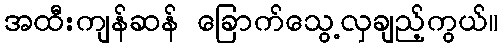
အထီးကျန်ဆန် ခြောက်သွေ့လှချည့်ကွယ်။